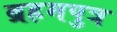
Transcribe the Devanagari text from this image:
ब्रहमपुत्र